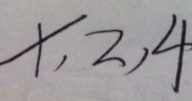
X , 2 , 4